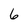
Character: 6